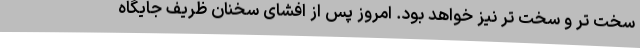
سخت تر و سخت تر نیز خواهد بود. امروز پس از افشای سخنان ظریف جایگاه